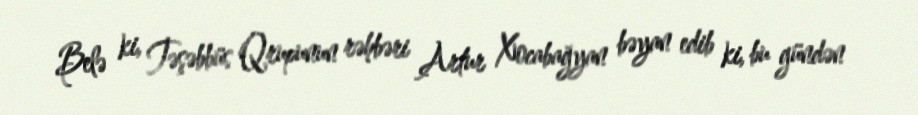
Belə ki, Təşəbbüs Qrupunun rəhbəri Artur Xocabağyan bəyan edib ki, bu gündən